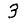
Digit: 3